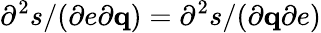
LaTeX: \partial^{2}s/(\partial e\partial\mathbf q)=\partial^{2}s/(\partial\mathbf q\partial e)